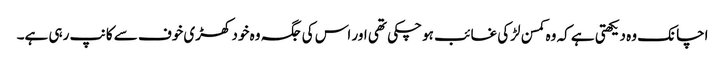
اچانک وہ دیکھتی ہے کہ وہ کمسن لڑکی غائب ہو چکی تھی اور اس کی جگہ وہ خود کھڑی خوف سے کانپ رہی ہے۔